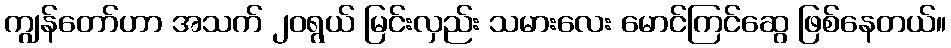
ကျွန်တော်ဟာ အသက် ၂၀ရွယ် မြင်းလှည်း သမားလေး မောင်ကြင်ဆွေ ဖြစ်နေတယ်။